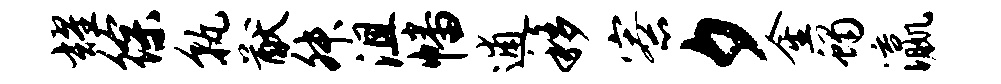
耀徐孰猷舛沮幡逋移寮夕金蝎瀛